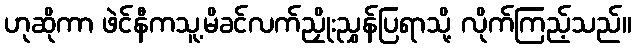
ဟုဆိုကာ ဖဲင်နီကသူ့မိခင်လက်ညှိုးညွှန်ပြရာသို့ လိုက်ကြည့်သည်။